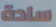
سادة